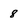
Character: 8